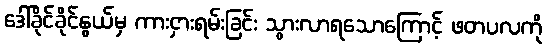
ဒေါ်ခိုင်ခိုင်နွယ်မှ ကားငှားရမ်းခြင်း သွားလာရသောကြောင့် ဖတပလကို